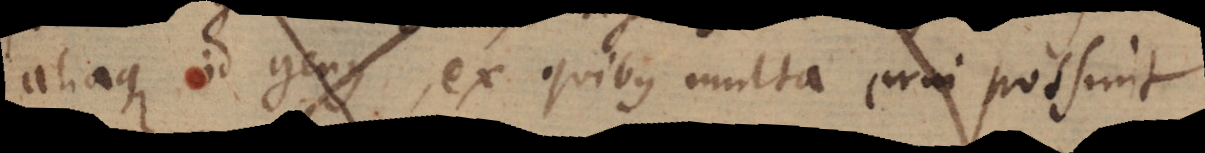
aliaque id genus, ex quibus multa erui possunt